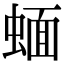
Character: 蝒